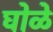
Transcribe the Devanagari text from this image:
घोळे